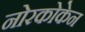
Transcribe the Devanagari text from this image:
नोरकोकेन